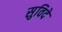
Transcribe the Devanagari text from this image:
सुविदे